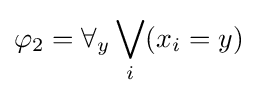
\varphi _{2}=\forall _{y}\bigvee _{i}(x_{i}=y)